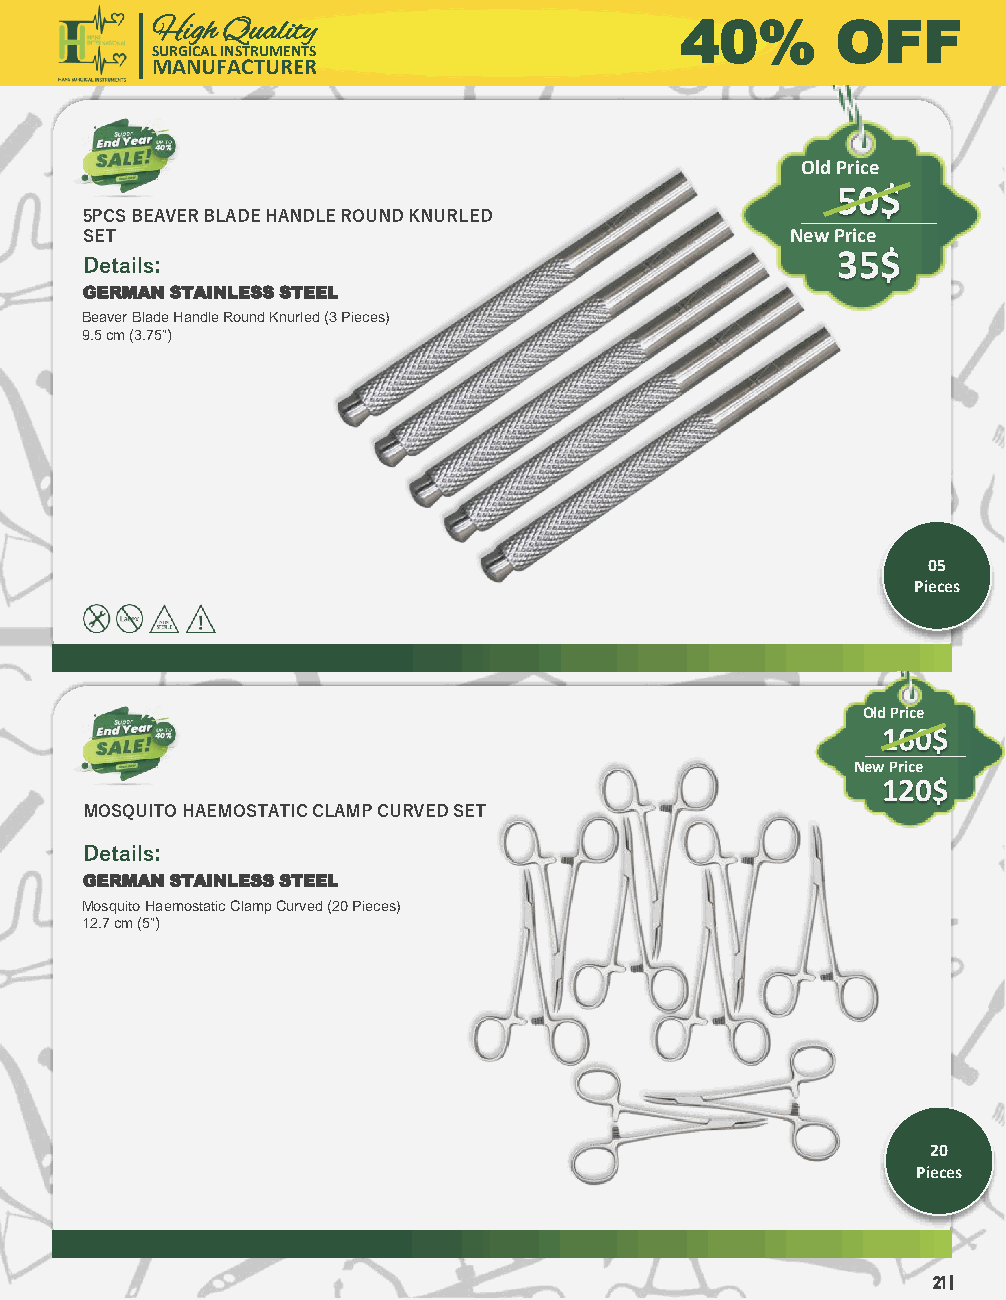
High Quality                       40%       OFF
 SURGICAL INSTRUMENTS
 MANUFACTURER
 Old Price
 50$
 5PCS BEAVER BLADE HANDLE ROUND KNURLED
 SET                                            New Price
 Details:                                          35$
 GERMAN STAINLESS STEEL
 Beaver Blade Handle Round Knurled (3 Pieces)
 9.5 cm (3.75”)
 05
 Pieces
 Old Price
 160$
 New Price
 120$
 MOSQUITO HAEMOSTATIC CLAMP CURVED SET
 Details:
 GERMAN STAINLESS STEEL
 Mosquito HaemostaticClamp Curved (20 Pieces)
 12.7 cm (5”)
 20
 Pieces
 21 |